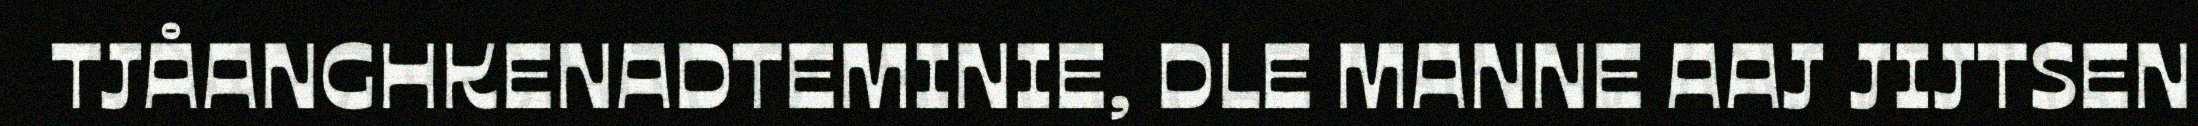
TJÅANGHKENADTEMINIE, DLE MANNE AAJ JIJTSEN